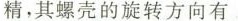
精，其螺壳的旋转方向有